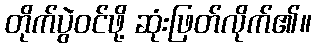
တိုက်ပွဲဝင်ဖို့ ဆုံးဖြတ်လိုက်၏။